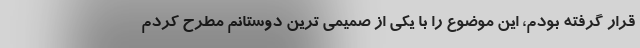
قرار گرفته بودم، این موضوع را با یکی از صمیمی ترین دوستانم مطرح کردم